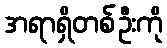
အရာရှိတစ်ဦးကို